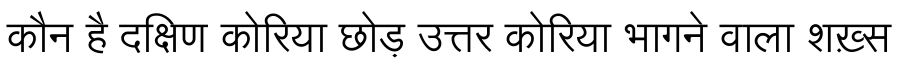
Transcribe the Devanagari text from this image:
कौन है दक्षिण कोरिया छोड़ उत्तर कोरिया भागने वाला शख़्स